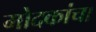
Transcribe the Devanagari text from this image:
मोदकांचा